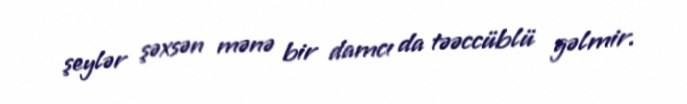
şeylər şəxsən mənə bir damcı da təəccüblü gəlmir.